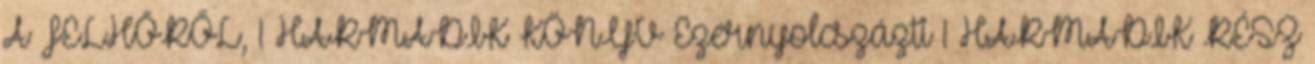
A FELHŐRŐL, 1 HARMADIK KÖNYV Ezernyolcszázti 1 HARMADIK RÉSZ